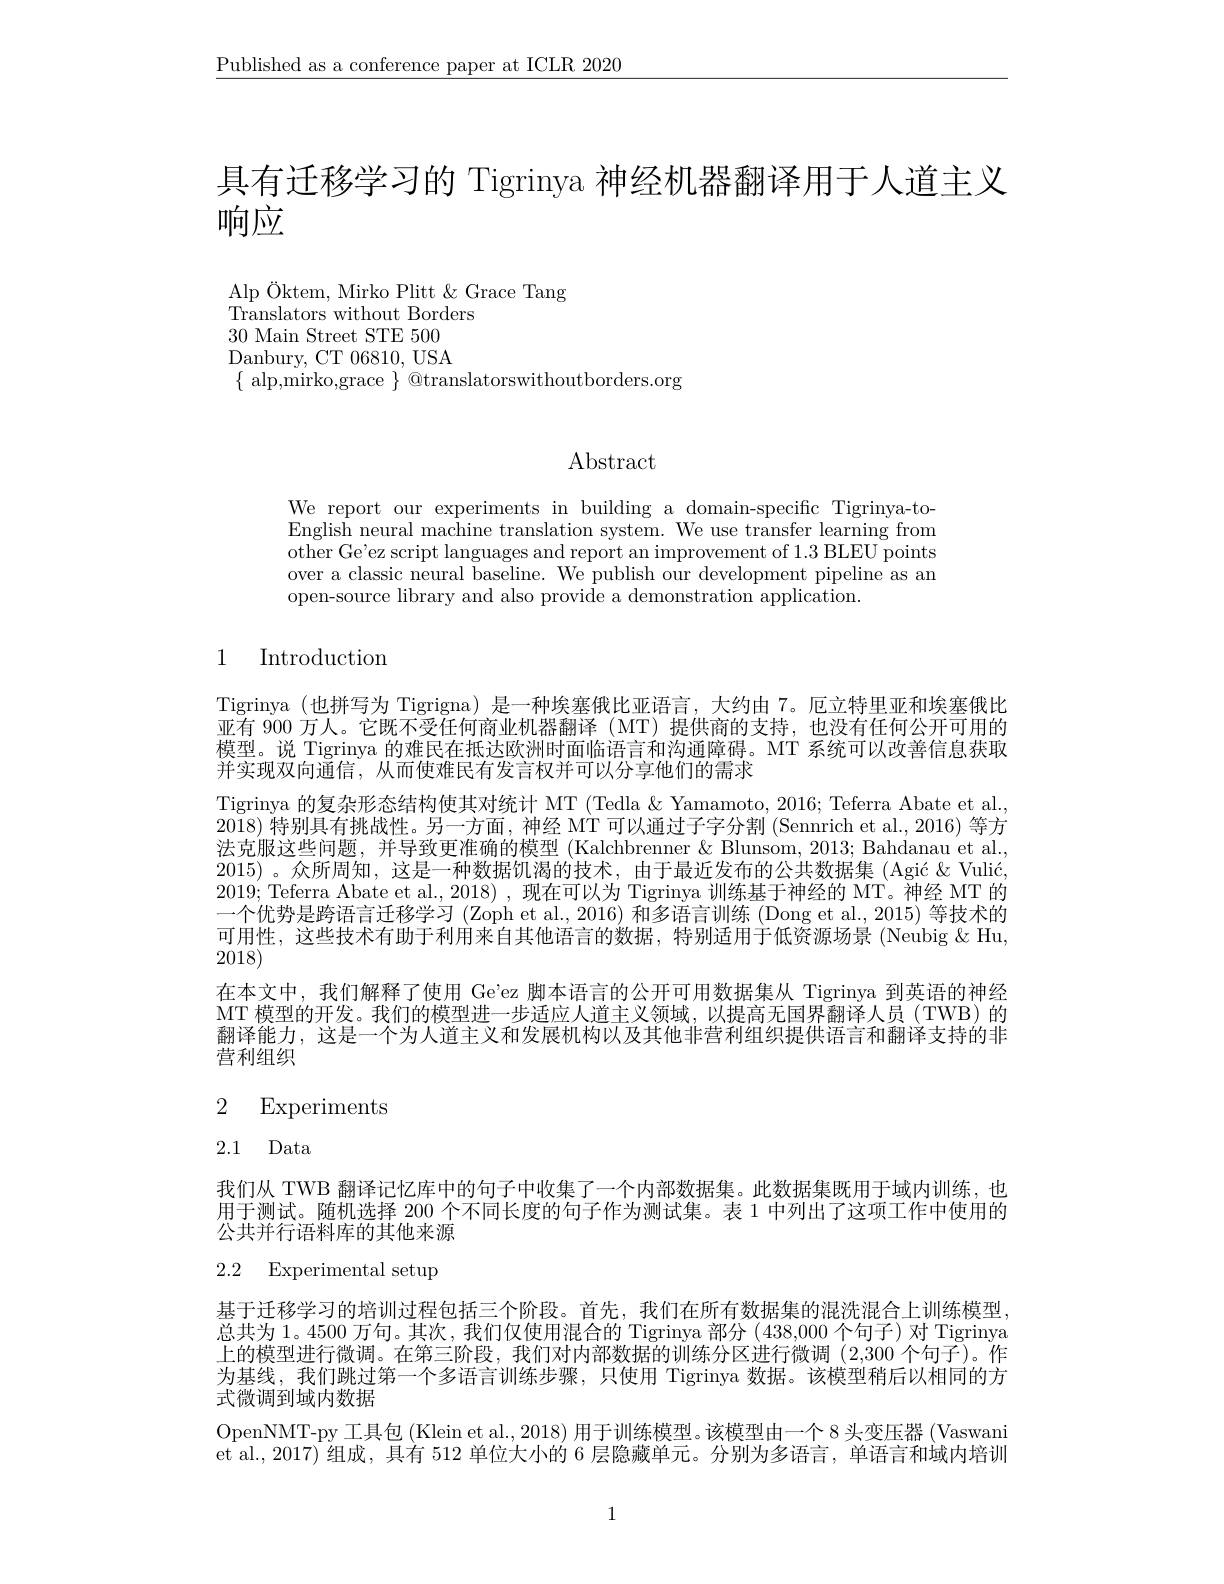
$\underline{\text{Published as a conference paper at ICLR 2020}}$

具有迁移学习的 Tigrinya 神经机器翻译用于人道主义
# 响应

$\operatorname*{Alp}_{\mathrm{T}}$Öktem, Mirko Plitt $\&$ Grace Tang
Translators without Borders
30 Main Street STE 500 $\mathop{\mathrm{Danbury,~CT~06810,~USA}}$ $\{$ alp,mirko,grace $\}$ @translatorswithoutborders.org

# $\operatorname{Abstract}$

We report our experiments in building a domain-specific Tigrinya-to- $\bar{\text{English neural machine translation system. We use transfer learning from}}$ other Ge'ez script languages and report an improvement of 1.3 BLEU points over a classic neural baseline. We publish our development pipeline as an open-source library and also provide a demonstration application.

## 1 Introduction

Tigrinya (也拼写为 Tigrigna) 是一种埃塞俄比亚语言，大约由 7。厄立特里亚和埃塞俄比亚有 900 万人。它既不受任何商业机器翻译(MT)提供商的支持，也没有任何公开可用的模型。说 Tigrinya 的难民在抵达欧洲时面临语言和沟通障碍。MT 系统可以改善信息获取并实现双向通信，从而使难民有发言权并可以分享他们的需求
Tigrinya 的复杂形态结构使其对统计 MT (Tedla &Yamamoto, 2016; Teferra Abate et al. 2018)特别具有挑战性。另一方面，神经 MT 可以通过子字分割 (Sennrich et al., 2016) 等方法克服这些问题，并导致更准确的模型 (Kalchbrenner & Blunsom, 2013; Bahdanau et al. 2015) 。众所周知，这是一种数据饥渴的技术，由于最近发布的公共数据集 (Agić & Vulić, 2019; Teferra Abate et al., 2018) , 现在可以为 Tigrinya 训练基于神经的 MT。神经 MT 的一个优势是跨语言迁移学习 (Zoph et al., 2016) 和多语言训练 (Dong et al., 2015) 等技术的可用性，这些技术有助于利用来自其他语言的数据，特别适用于低资源场景 (Neubig &Hu, 2018)
在本文中，我们解释了使用 Ge'ez 脚本语言的公开可用数据集从 Tigrinya 到英语的神经MT 模型的开发。我们的模型进一步适应人道主义领域，以提高无国界翻译人员(TWB)的翻译能力，这是一个为人道主义和发展机构以及其他非营利组织提供语言和翻译支持的非营利组织

# 2 Experiments

2.1 Data

我们从 TWB 翻译记忆库中的句子中收集了一个内部数据集。此数据集既用于域内训练，也用于测试。随机选择 200 个不同长度的句子作为测试集。表 1 中列出了这项工作中使用的公共并行语料库的其他来源

# 2.2 Experimental setup

基于迁移学习的培训过程包括三个阶段。首先，我们在所有数据集的混洗混合上训练模型， 总共为 1。4500 万句。其次，我们仅使用混合的 Tigrinya 部分(438,000个句子)对 Tigrinya 上的模型进行微调。在第三阶段，我们对内部数据的训练分区进行微调(2,300 个句子)。作为基线，我们跳过第一个多语言训练步骤，只使用 Tigrinya 数据。该模型稍后以相同的方式微调到域内数据
OpenNMT-py 工具包(Klein et al., 2018) 用于训练模型。该模型由一个 8 头变压器 (Vaswani et al.,2017) 组成，具有 512 单位大小的 6 层隐藏单元。分别为多语言，单语言和域内培训

1